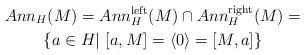
LaTeX: \begin{gather*}Ann_{H}(M)=Ann_{H}^{\mathrm{left}}(M)\cap Ann_{H}^{\mathrm{right}}(M)=\\\{a\in H|\ [a,M]=\langle0\rangle=[M,a]\}\end{gather*}